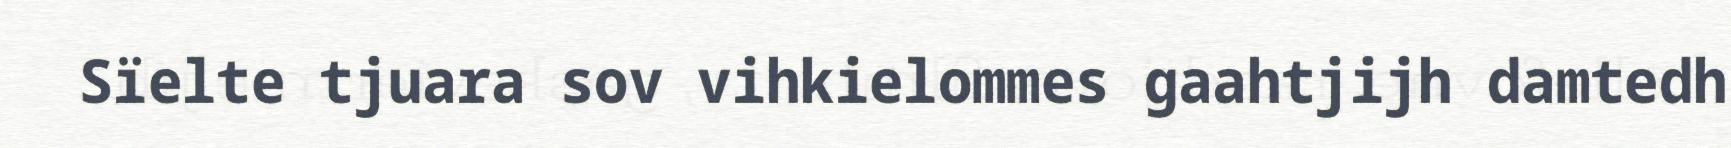
Sïelte tjuara sov vihkielommes gaahtjijh damtedh